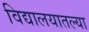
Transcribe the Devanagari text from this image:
विद्यालयातल्या